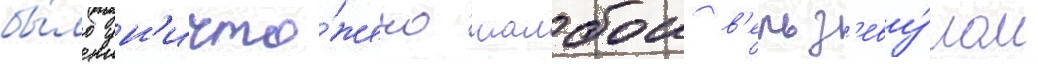
бы́ло ун'ичто́жено шалбои в'ельз'еву́лом